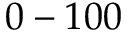
0 - 1 0 0